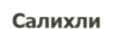
Салихли